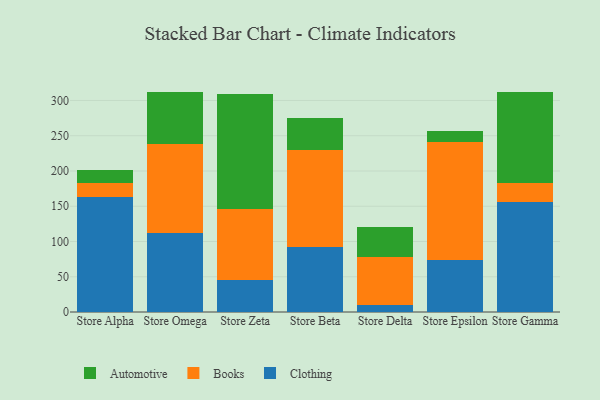
{"axis": {"x": "Store", "y": "Temperature (°C)"}, "legend": ["Automotive", "Books", "Clothing"], "data": [{"x": "Store Alpha", "y": 162.6, "type": "Clothing"}, {"x": "Store Alpha", "y": 19.9, "type": "Books"}, {"x": "Store Alpha", "y": 18.3, "type": "Automotive"}, {"x": "Store Omega", "y": 112.3, "type": "Clothing"}, {"x": "Store Omega", "y": 126.6, "type": "Books"}, {"x": "Store Omega", "y": 73.2, "type": "Automotive"}, {"x": "Store Zeta", "y": 45.8, "type": "Clothing"}, {"x": "Store Zeta", "y": 100.0, "type": "Books"}, {"x": "Store Zeta", "y": 164.0, "type": "Automotive"}, {"x": "Store Beta", "y": 92.1, "type": "Clothing"}, {"x": "Store Beta", "y": 137.9, "type": "Books"}, {"x": "Store Beta", "y": 45.5, "type": "Automotive"}, {"x": "Store Delta", "y": 10.4, "type": "Clothing"}, {"x": "Store Delta", "y": 67.0, "type": "Books"}, {"x": "Store Delta", "y": 42.7, "type": "Automotive"}, {"x": "Store Epsilon", "y": 73.6, "type": "Clothing"}, {"x": "Store Epsilon", "y": 168.1, "type": "Books"}, {"x": "Store Epsilon", "y": 14.9, "type": "Automotive"}, {"x": "Store Gamma", "y": 155.7, "type": "Clothing"}, {"x": "Store Gamma", "y": 27.1, "type": "Books"}, {"x": "Store Gamma", "y": 129.8, "type": "Automotive"}]}